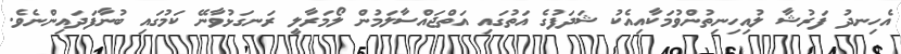
އެހިނދު ފަރުޝާ ލުއިހިނިތުންވުމަކާއިއެކު ޝަދަފުގެ އަތުގައި އަތްޖައްސާލަމުން ލޯމަރާލީ ރަނގަޅުވާނޭ ކަމުގައި ބުނާފަދައިންނެވެ.